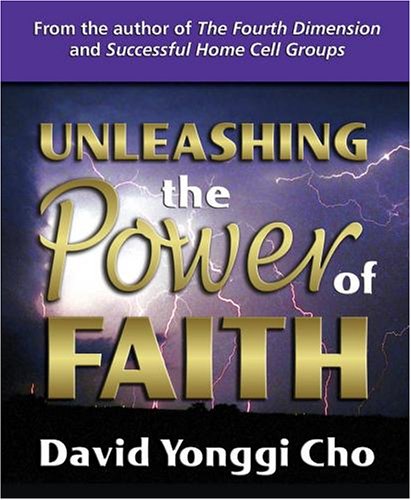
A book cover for Unleashing The Power Of Faith; David Yonggi Cho; Christian Books & Bibles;